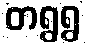
တရွရွ